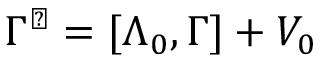
\Gamma ^ { \perp } = [ \Lambda _ { 0 } , \Gamma ] + V _ { 0 }